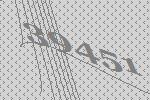
39451